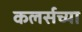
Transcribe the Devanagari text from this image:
कलर्सच्या